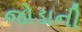
જોડાની